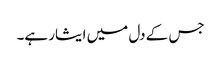
جس کے دل میں ایثار ہے۔